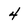
Character: 4